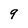
Character: 9